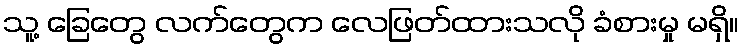
သူ့ ခြေတွေ လက်တွေက လေဖြတ်ထားသလို ခံစားမှု မရှိ။